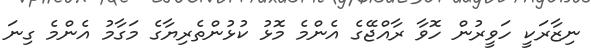
ނިޒާރަކީ ހަވީރުން ހޮވާ ރާއްޖޭގެ އެންމެ މޮޅު ކުޅުންތެރިޔާގެ މަގާމު އެންމެ ގިނަ